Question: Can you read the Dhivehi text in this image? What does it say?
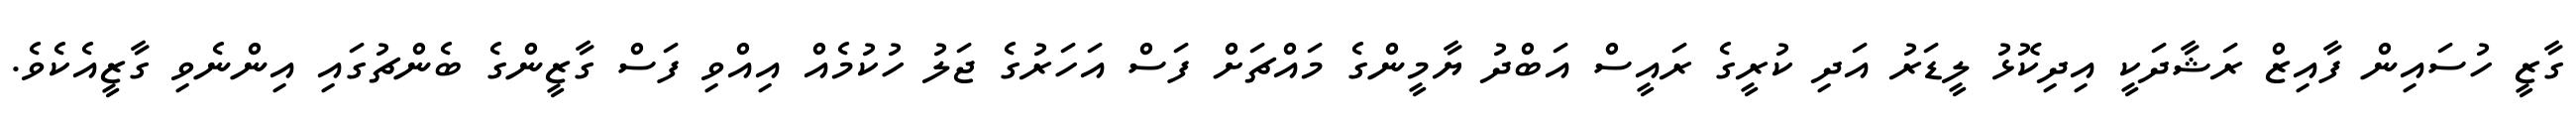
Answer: ގާޒީ ހުސައިން ފާއިޒް ރަޝާދަކީ އިދިކޮޅު ލީޑަރު އަދި ކުރީގެ ރައީސް އަބްދު ޔާމީންގެ މައްޗަށް ފަސް އަހަރުގެ ޖަލު ހުކުމެއް އިއްވި ފަސް ގާޒީންގެ ބެންޗުގައި އިންނެވި ގާޒީއެކެވެ.